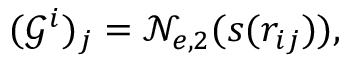
( \mathcal { G } ^ { i } ) _ { j } = \mathcal { N } _ { e , 2 } ( s ( r _ { i j } ) ) ,